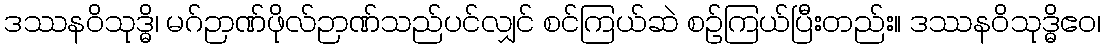
ဒဿနဝိသုဒ္ဓိ၊ မဂ်ဉာဏ်ဖိုလ်ဉာဏ်သည်ပင်လျှင် စင်ကြယ်ဆဲ စဉ်ကြယ်ပြီးတည်း။ ဒဿနဝိသုဒ္ဓိဧဝ၊